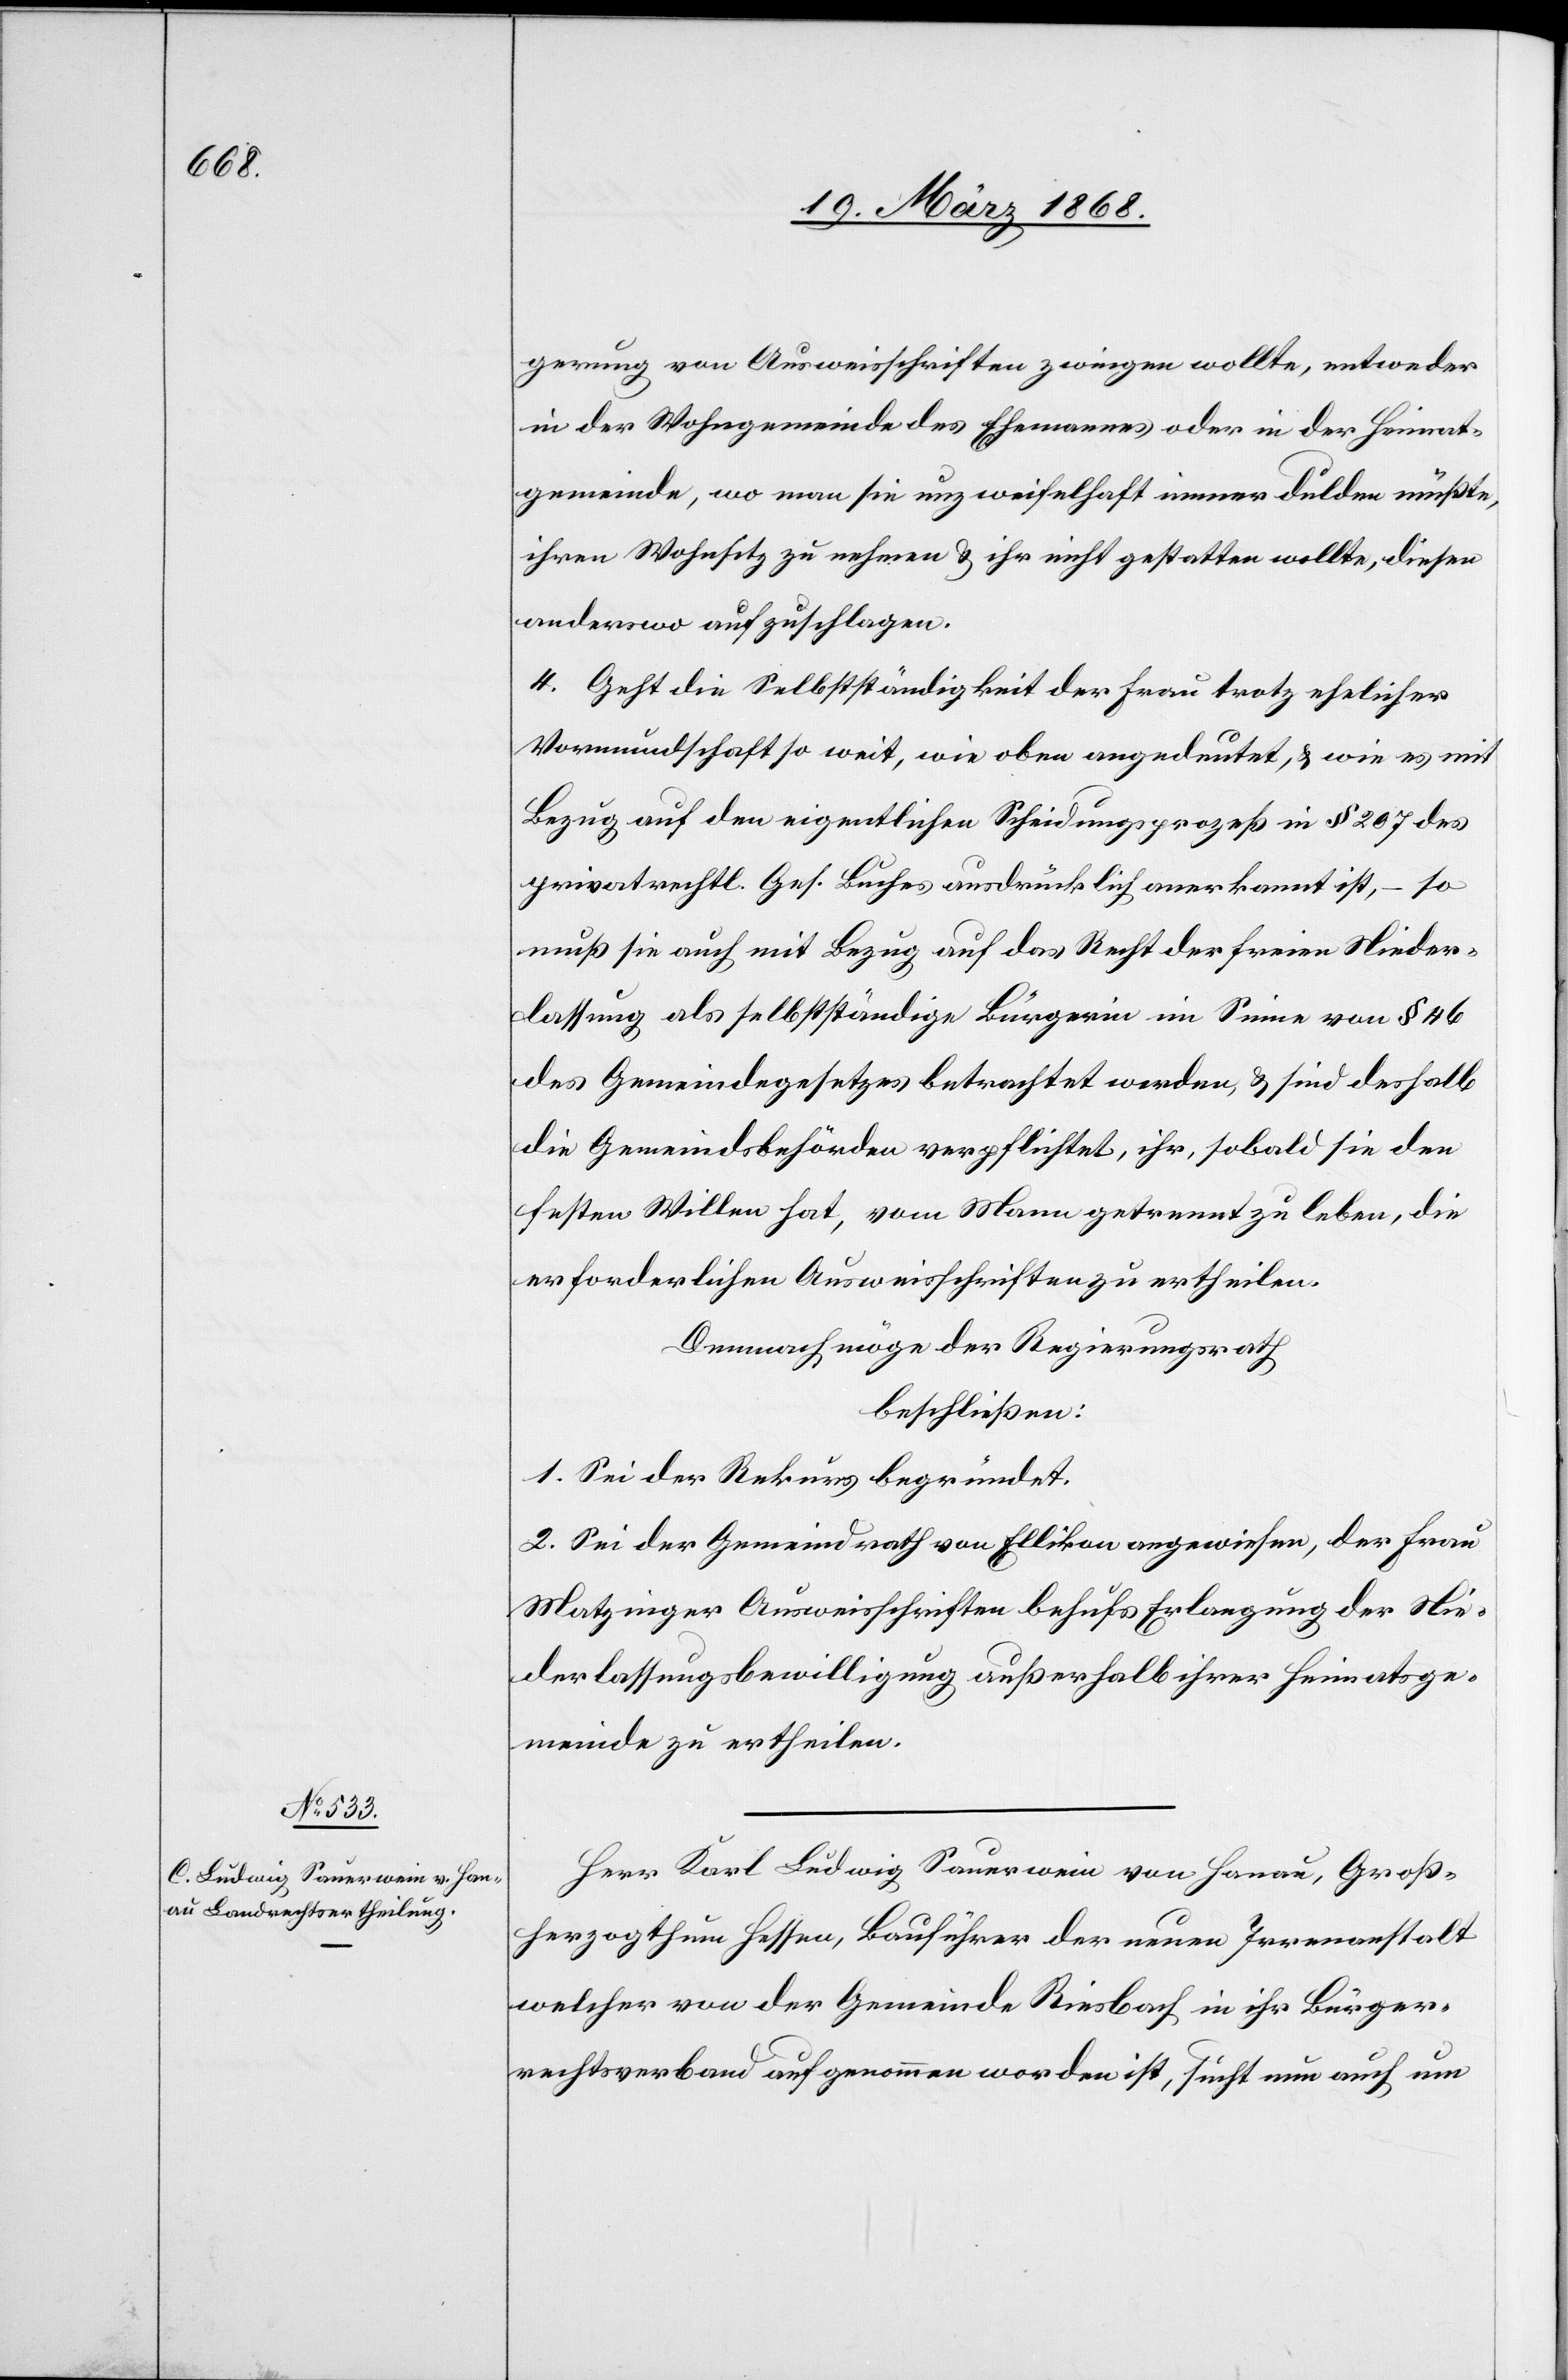
gerung von Ausweisschriften zwingen wollte, entweder
in der Wohngemeinde des Ehemannes oder in der Heimat¬
gemeinde, wo man sie unzweifelhaft immer dulden müßte,
ihren Wohnsitz zu nehmen & ihr nicht gestatten wollte, diesen
anderswo aufzuschlagen.
4. Geht die Selbstständigkeit der Frau trotz ehelicher
Vormundschaft so weit, wie oben angedeutet, & wie es mit
Bezug auf den eigentlichen Scheidungsprozeß in § 207 des
privatrechtl. Ges. Buches ausdrücklich anerkannt ist, – so
muß sie auch mit Bezug auf das Recht der freien Nieder¬
lassung als selbstständige Bürgerin im Sinne von § 46
des Gemeindegesetzes betrachtet werden, & sind deshalb
die Gemeindsbehörden verpflichtet, ihr, sobald sie den
festen Willen hat, vom Mann getrennt zu leben, die
erforderlichen Ausweisschriften zu ertheilen.
Demnach möge der Regierungsrath
beschließen:
1. Sei der Rekurs begründet.
2. Sei der Gemeindrath von Ellikon angewiesen, der Frau
Matzinger Ausweisschriften behufs Erlangung der Nie¬
derlassungsbewilligung außerhalb ihrer Heimatsge¬
meinde zu ertheilen.
Herr Karl Ludwig Sauerwein von Hanau, Groß¬
herzogthum Hessen, Bauführer der neuen Irrenanstalt
welcher von der Gemeinde Riesbach in ihr Bürger¬
rechtsverband aufgenommen worden ist, sucht nun auch um